Indian journal of veterinary science and animal husbandry - Volumes 26-27, 1956-1957
Year: 1956
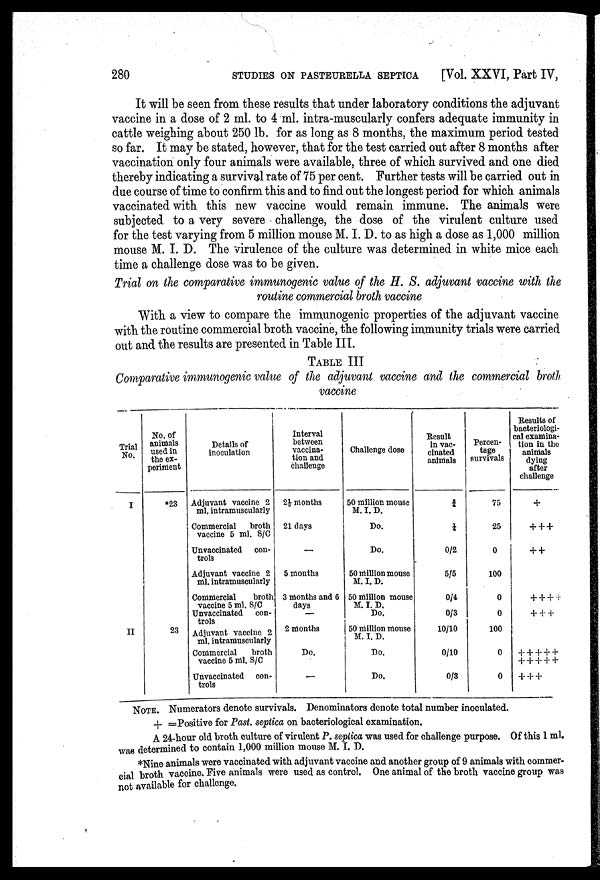
280
STUDIES ON PASTEURELLA SEPTICA
[Vol. XXVI, Part IV,
It will be seen from these results that under laboratory conditions the adjuvant
vaccine in a dose of 2 ml. to 4 ml. intra-muscularly confers adequate immunity in
cattle weighing about 250 lb. for as long as 8 months, the maximum period tested
so far. It may be stated, however, that for the test carried out after 8 months after
vaccination only four animals were available, three of which survived and one died
thereby indicating a survival rate of 75 per cent. Further tests will be carried out in
due course of time to confirm this and to find out the longest period for which animals
vaccinated with this new vaccine would remain immune. The animals were
subjected to a very severe challenge, the dose of the virulent culture used
for the test varying from 5 million mouse M. I. D. to as high a dose as 1,000 million
mouse M. I. D. The virulence of the culture was determined in white mice each
time a challenge dose was to be given.
Trial on the comparative immunogenic value of the H. S. adjuvant vaccine with the
routine commercial broth vaccine
With a view to compare the immunogenic properties of the adjuvant vaccine
with the routine commercial broth vaccine, the following immunity trials were carried
out and the results are presented in Table III.
TABLE III
Comparative immunogenic value of the adjuvant vaccine and the commercial broth
vaccine
Trial
No.
I
II
No. of
animals
used in
the ex-
periment
*23
23
Details of
inoculation
Adjuvant vaccine 2
ml. intramuscularly
Commercial
broth
vaccine 5 ml. S/C
Unvaccinated
con-
trols
Adjuvant vaccine 2
ml. intramuscularly
Commercial
broth
vaccine 5 ml. S/C
Unvaccinated
con-
trols
Adjuvant vaccine 2
ml. intramuscularly
Commercial
broth
vaccine 5 ml. S/C
Unvaccinated
con-
trols
Interval
between
vaccina-
tion and
challenge
2½ months
21 days
-
5 months
3 months and 6
days
—
2 months
Do.
-
Challenge dose
50 million mouse
M. I. D.
Do.
Do.
50 million mouse
M. I. D.
50 million mouse
M. I. D.
Do.
50 million mouse
M. I D.
Do.
Do.
Result
in vac-
cinated
animals
¾
¼
0/2
5/5
0/4
0/3
10/10
0/10
0/3
Percen-
tage
survivals
75
25
0
100
0
0
100
0
0
Results of
bacteriologi-
cal examina-
tion in the
animals
dying
after
challenge
+
+++
++
++++
+++
+++++
+++++
+++
NOTE. Numerators denote survivals. Denominators denote total number inoculated.
+ =Positive for Past. septica on bacteriological examination.
A 24-hour old broth culture of virulent P. seplica was used for challenge purpose. Of this 1 ml.
was determined to contain 1,000 million mouse M. I. D.
*Nine animals were vaccinated with adjuvant vaccine and another group of 9 animals with commer-
cial broth vaccine. Five animals were used as control, One animal of the broth vaccine group was
not available for challenge.